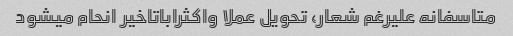
متاسفانه علیرغم شعار، تحویل عملا واکثراباتاخیر انحام میشود